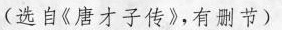
(选自《唐才子传》，有删节)